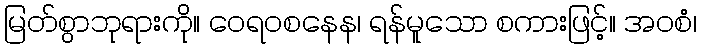
မြတ်စွာဘုရားကို။ ဝေရဝစနေန၊ ရန်မူသော စကားဖြင့်။ အဝစံ၊